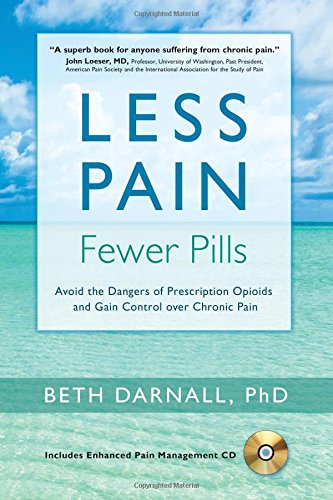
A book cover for Less Pain, Fewer Pills: Avoid the Dangers of Prescription Opioids and Gain Control over Chronic Pain; Beth Darnall PhD; Health, Fitness & Dieting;